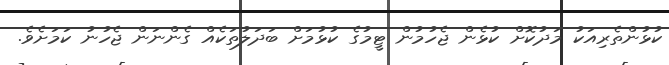
ކުޅުންތެރިއަކު މަދުކޮށް ކުޅެން ޖެހުމުން ޓީމުގެ ކުޅުމަށް ބަދަލުތަކެއް ގެންނަން ޖެހުނު ކަމަށެވެ.